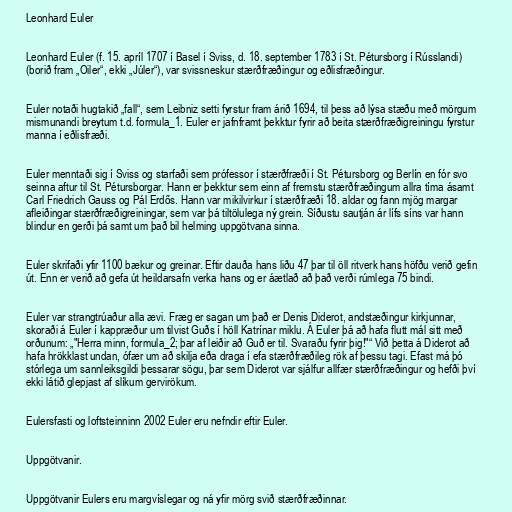
Leonhard Euler

Leonhard Euler (f. 15. apríl 1707 í Basel í Sviss, d. 18. september 1783 í St. Pétursborg í Rússlandi)
(borið fram „Oiler“, ekki „Júler“), var svissneskur stærðfræðingur og eðlisfræðingur.

Euler notaði hugtakið „fall“, sem Leibniz setti fyrstur fram árið 1694, til þess að lýsa stæðu með mörgum
mismunandi breytum t.d. formula_1. Euler er jafnframt þekktur fyrir að beita stærðfræðigreiningu fyrstur
manna í eðlisfræði.

Euler menntaði sig í Sviss og starfaði sem prófessor í stærðfræði í St. Pétursborg og Berlín en fór svo
seinna aftur til St. Pétursborgar. Hann er þekktur sem einn af fremstu stærðfræðingum allra tíma ásamt
Carl Friedrich Gauss og Pál Erdős. Hann var mikilvirkur í stærðfræði 18. aldar og fann mjög margar
afleiðingar stærðfræðigreiningar, sem var þá tiltölulega ný grein. Síðustu sautján ár lífs síns var hann
blindur en gerði þá samt um það bil helming uppgötvana sinna.

Euler skrifaði yfir 1100 bækur og greinar. Eftir dauða hans liðu 47 þar til öll ritverk hans höfðu verið gefin
út. Enn er verið að gefa út heildarsafn verka hans og er áætlað að það verði rúmlega 75 bindi.

Euler var strangtrúaður alla ævi. Fræg er sagan um það er Denis Diderot, andstæðingur kirkjunnar,
skoraði á Euler í kappræður um tilvist Guðs í höll Katrínar miklu. Á Euler þá að hafa flutt mál sitt með
orðunum: „"Herra minn, formula_2; þar af leiðir að Guð er til. Svaraðu fyrir þig!"“ Við þetta á Diderot að
hafa hrökklast undan, ófær um að skilja eða draga í efa stærðfræðileg rök af þessu tagi. Efast má þó
stórlega um sannleiksgildi þessarar sögu, þar sem Diderot var sjálfur allfær stærðfræðingur og hefði því
ekki látið glepjast af slíkum gervirökum.

Eulersfasti og loftsteinninn 2002 Euler eru nefndir eftir Euler.

Uppgötvanir.

Uppgötvanir Eulers eru margvíslegar og ná yfir mörg svið stærðfræðinnar.